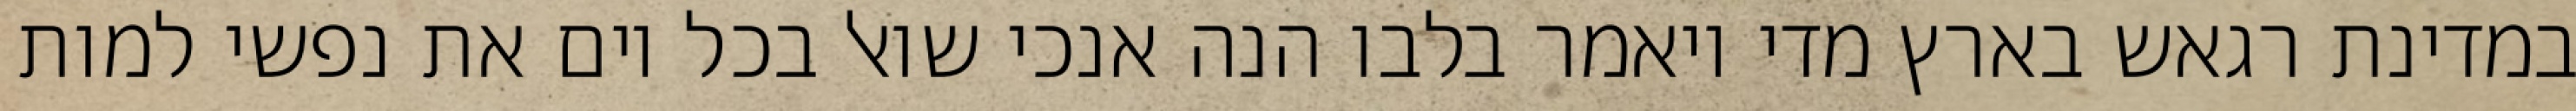
במדינת רגאש בארץ מדי ויאמר בלבו הנה אנכי שואל בכל יום את נפשי למות